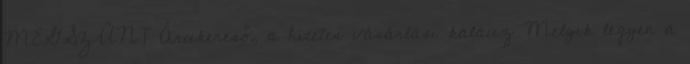
MEGSZŰNT Árukereső, a hiteles vásárlási kalauz Melyik legyen a